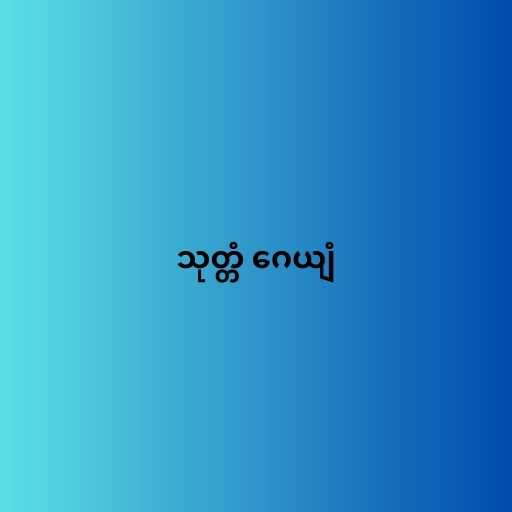
သုတ္တံ ဂေယျံ